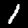
Digit: 1